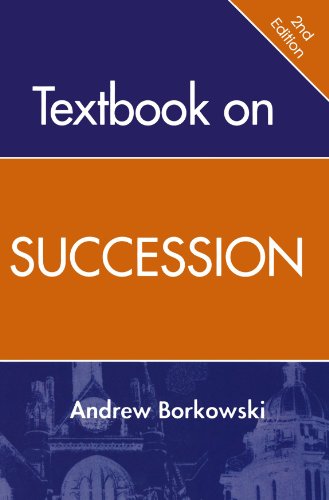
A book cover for Textbook On Succession; J. Andrew Borkowski; Law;